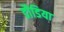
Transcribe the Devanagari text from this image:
डौडिया